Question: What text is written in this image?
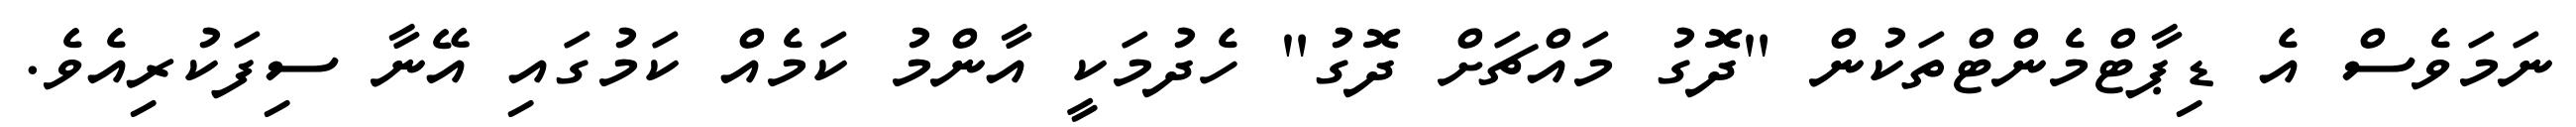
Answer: ނަމަވެސް އެ ޑިޕާޓްމެންޓްތަކުން "ދޮގު މައްޗަށް ދޮގު" ހެދުމަކީ އާންމު ކަމެއް ކަމުގައި އޭނާ ސިފަކުރިއެވެ.